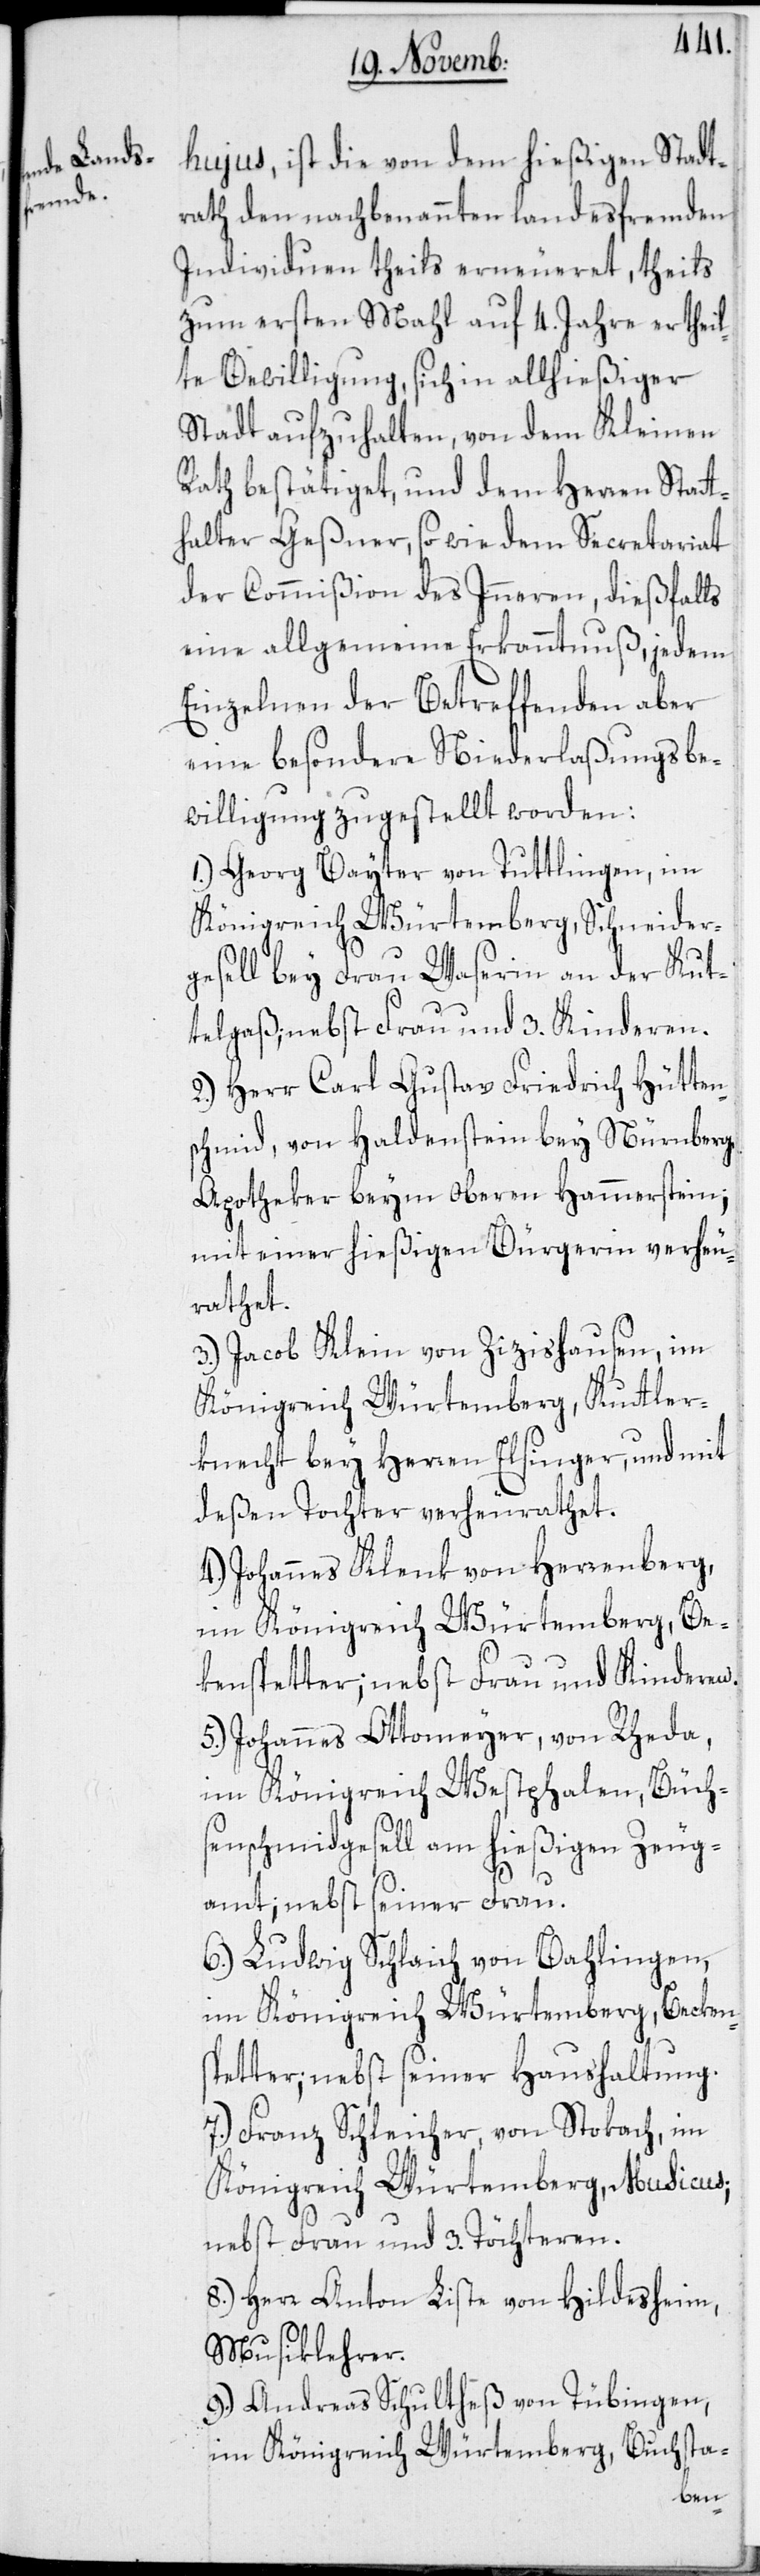
hujus, ist die von dem hießigen Stadt¬
rath den nachbenannten landesfremden
Individuen theils erneueret, theils
zum ersten Mahl auf 4. Jahre ertheil¬
te Bewilligung, sich in allhießiger
Stadt aufzuhalten, von dem Kleinen
Rath bestätiget, und dem Herren Statt¬
halter Geßner, so wie dem Secretariat
der Commißion des Inneren, dießfalls
eine allgemeine Erkanntnuß, jedem
Einzelnen der Betreffenden aber
eine besondere Niederlaßungsbe¬
willigung zugestellt worden:
1.) Georg Bayter von Tuttlingen, im
Königreich Würtemberg, Schneider¬
gesell bey Frau Waserin an der Kut¬
telgaß; nebst Frau und 3. Kinderen.
2.) Herr Carl Gustav Friedrich Hütten¬
schmid, von Haldenstein bey Nürnberg,
Apotheker beym Oberen Hammerstein;
mit einer hießigen Bürgerin verheu¬
rathet.
3.) Jacob Klein von Zizishausen, im
Königreich Würtemberg, Kuttler¬
knecht bey Herren Elsinger, und mit
deßen Tochter verheurathet.
4.) Johannes Klenk von Herrenberg,
im Königreich Würtemberg, Bec¬
kenstetter; nebst Frau und Kinderen.
5.) Johannes Ottomeyer, von Rheda,
im Königreich Westphalen, Büch¬
senschmidgesell am hießigen Zeug¬
amt; nebst seiner Frau.
6.) Ludwig Schlaich von Bahlingen,
im Königreich Würtemberg, Becken¬
stetter; nebst seiner Haushaltung.
7.) Franz Schleicher, von Stokach, im
Königreich Würtemberg, Musicus;
nebst Frau und 3. Töchteren.
8.) Herr Anton Liste von Hildesheim,
Musiklehrer.
9.) Andreas Schultheß von Tübingen,
im Königreich Würtemberg, Buchsta-